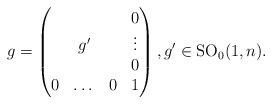
LaTeX: \begin{gather*}g = \begin{pmatrix} &&&0\\&g'&&\vdots\\&&&0\\0&\dots&0&1\end{pmatrix},g'\in {\rm SO}_0(1,n).\end{gather*}